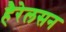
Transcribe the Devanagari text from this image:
हैरेलसन